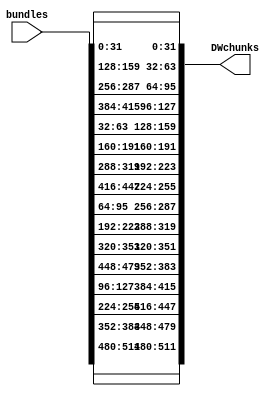
/*
    Copyright 2020 UCLouvain

    Licensed under the Solderpad Hardware Licence, Version 2.0 (the "License");
    you may not use this file except in compliance with the License.
    You may obtain a copy of the License at

        https://solderpad.org/licenses/SHL-2.0/

    Unless required by applicable law or agreed to in writing, software
    distributed under the License is distributed on an "AS IS" BASIS,
    WITHOUT WARRANTIES OR CONDITIONS OF ANY KIND, either express or implied.
    See the License for the specific language governing permissions and
    limitations under the License.
*/
/*
    Change the Shadow state representation.
    Used to process the Round B of Shadow.
    Considering the shadow state as 4 128-bits bundles:
        bundles = [ b3 | b2 | b1 | b0 ]

    Each bundle is considered as 4 32-bits rows:
        bi = [ ri_3 | ri_2 | ri_1 | ri_0 ]

    A DWchunk is a bundle composed of the rows with the same 
    indexes from each bundles in the state of Shadow:
        DWchunk_j = [ r3_j | r2_j | r1_j | r0_j ]

    The output is 
        DWchunks = [ DWchunk_3 | DWchunk_2 | DWchunk_1 | DWchunk_0 ]
*/
module bundles2DWchunks
(
    input [511:0] bundles,
    output [511:0] DWchunks
);

genvar r, b;
generate
for(r=0;r<4;r=r+1) begin:row
    for(b=0;b<4;b=b+1) begin: bundle
        assign DWchunks[(4*r+b)*32 +: 32] = bundles[128*b+32*r +: 32];
    end
end
endgenerate

endmodule